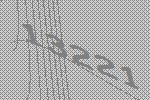
13221